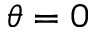
\theta = 0